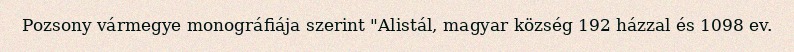
Pozsony vármegye monográfiája szerint "Alistál, magyar község 192 házzal és 1098 ev.